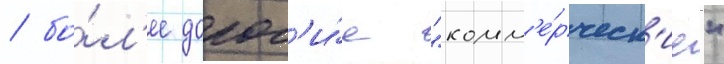
/ бо́л'ее дорог'и́е "комм'е́рческ'ие"